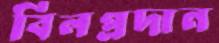
বিলপ্রদান